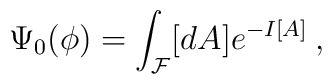
\Psi_0 (\phi) = \int_{\cal F} [d A] e^{-I[A]} \>,